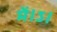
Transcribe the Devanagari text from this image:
में।ऽ।